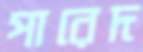
পারেদ